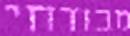
מבודחי